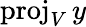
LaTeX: \operatorname{proj}_{V}y